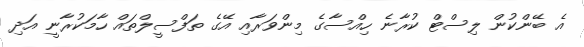
އެ ބޭންކުން ލިސްޓް ކުރާނެ ހިއްސާގެ މިންވަރާއި އޭގެ ތަފްސީލްތައް ހާމަކުރާނީ އަދި